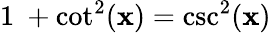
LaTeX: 1\ +\cot^{2}(\mathbf{x})=\csc^{2}(\mathbf{x})